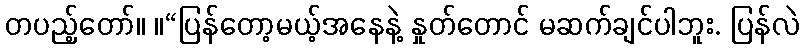
တပည့်တော်။ ။“ပြန်တော့မယ့်အနေနဲ့ နှုတ်တောင် မဆက်ချင်ပါဘူး. ပြန်လဲ